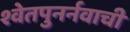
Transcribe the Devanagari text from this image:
श्वेतपुनर्नवाची